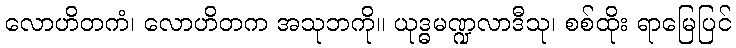
လောဟိတကံ၊ လောဟိတက အသုဘကို။ ယုဒ္ဓမဏ္ဍလာဒီသု၊ စစ်ထိုး ရာမြေပြင်